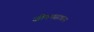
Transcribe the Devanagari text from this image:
जीवनसाधना